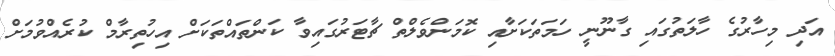
އަދި މިހާރުގެ ހާލަތުގައި ގާނޫނީ ހަމަތަކަށާއި ކޮމަންވެލްތް ޗާޓަރުގައިވާ ކަންތައްތަކަށް އިހުތިރާމް ކުރެއްވުމަށް